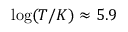
\log ( T / K ) \approx 5 . 9